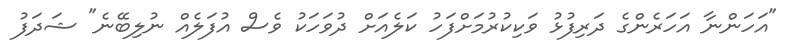
"އަހަންނާ އަހަރެންގެ ދަރިފުޅު ވަކިކުރުމަށްފަހު ކަލެއަށް ދުވަހަކު ވެސް އުފަލެއް ނުލިބޭނެ" ޝަދަފު